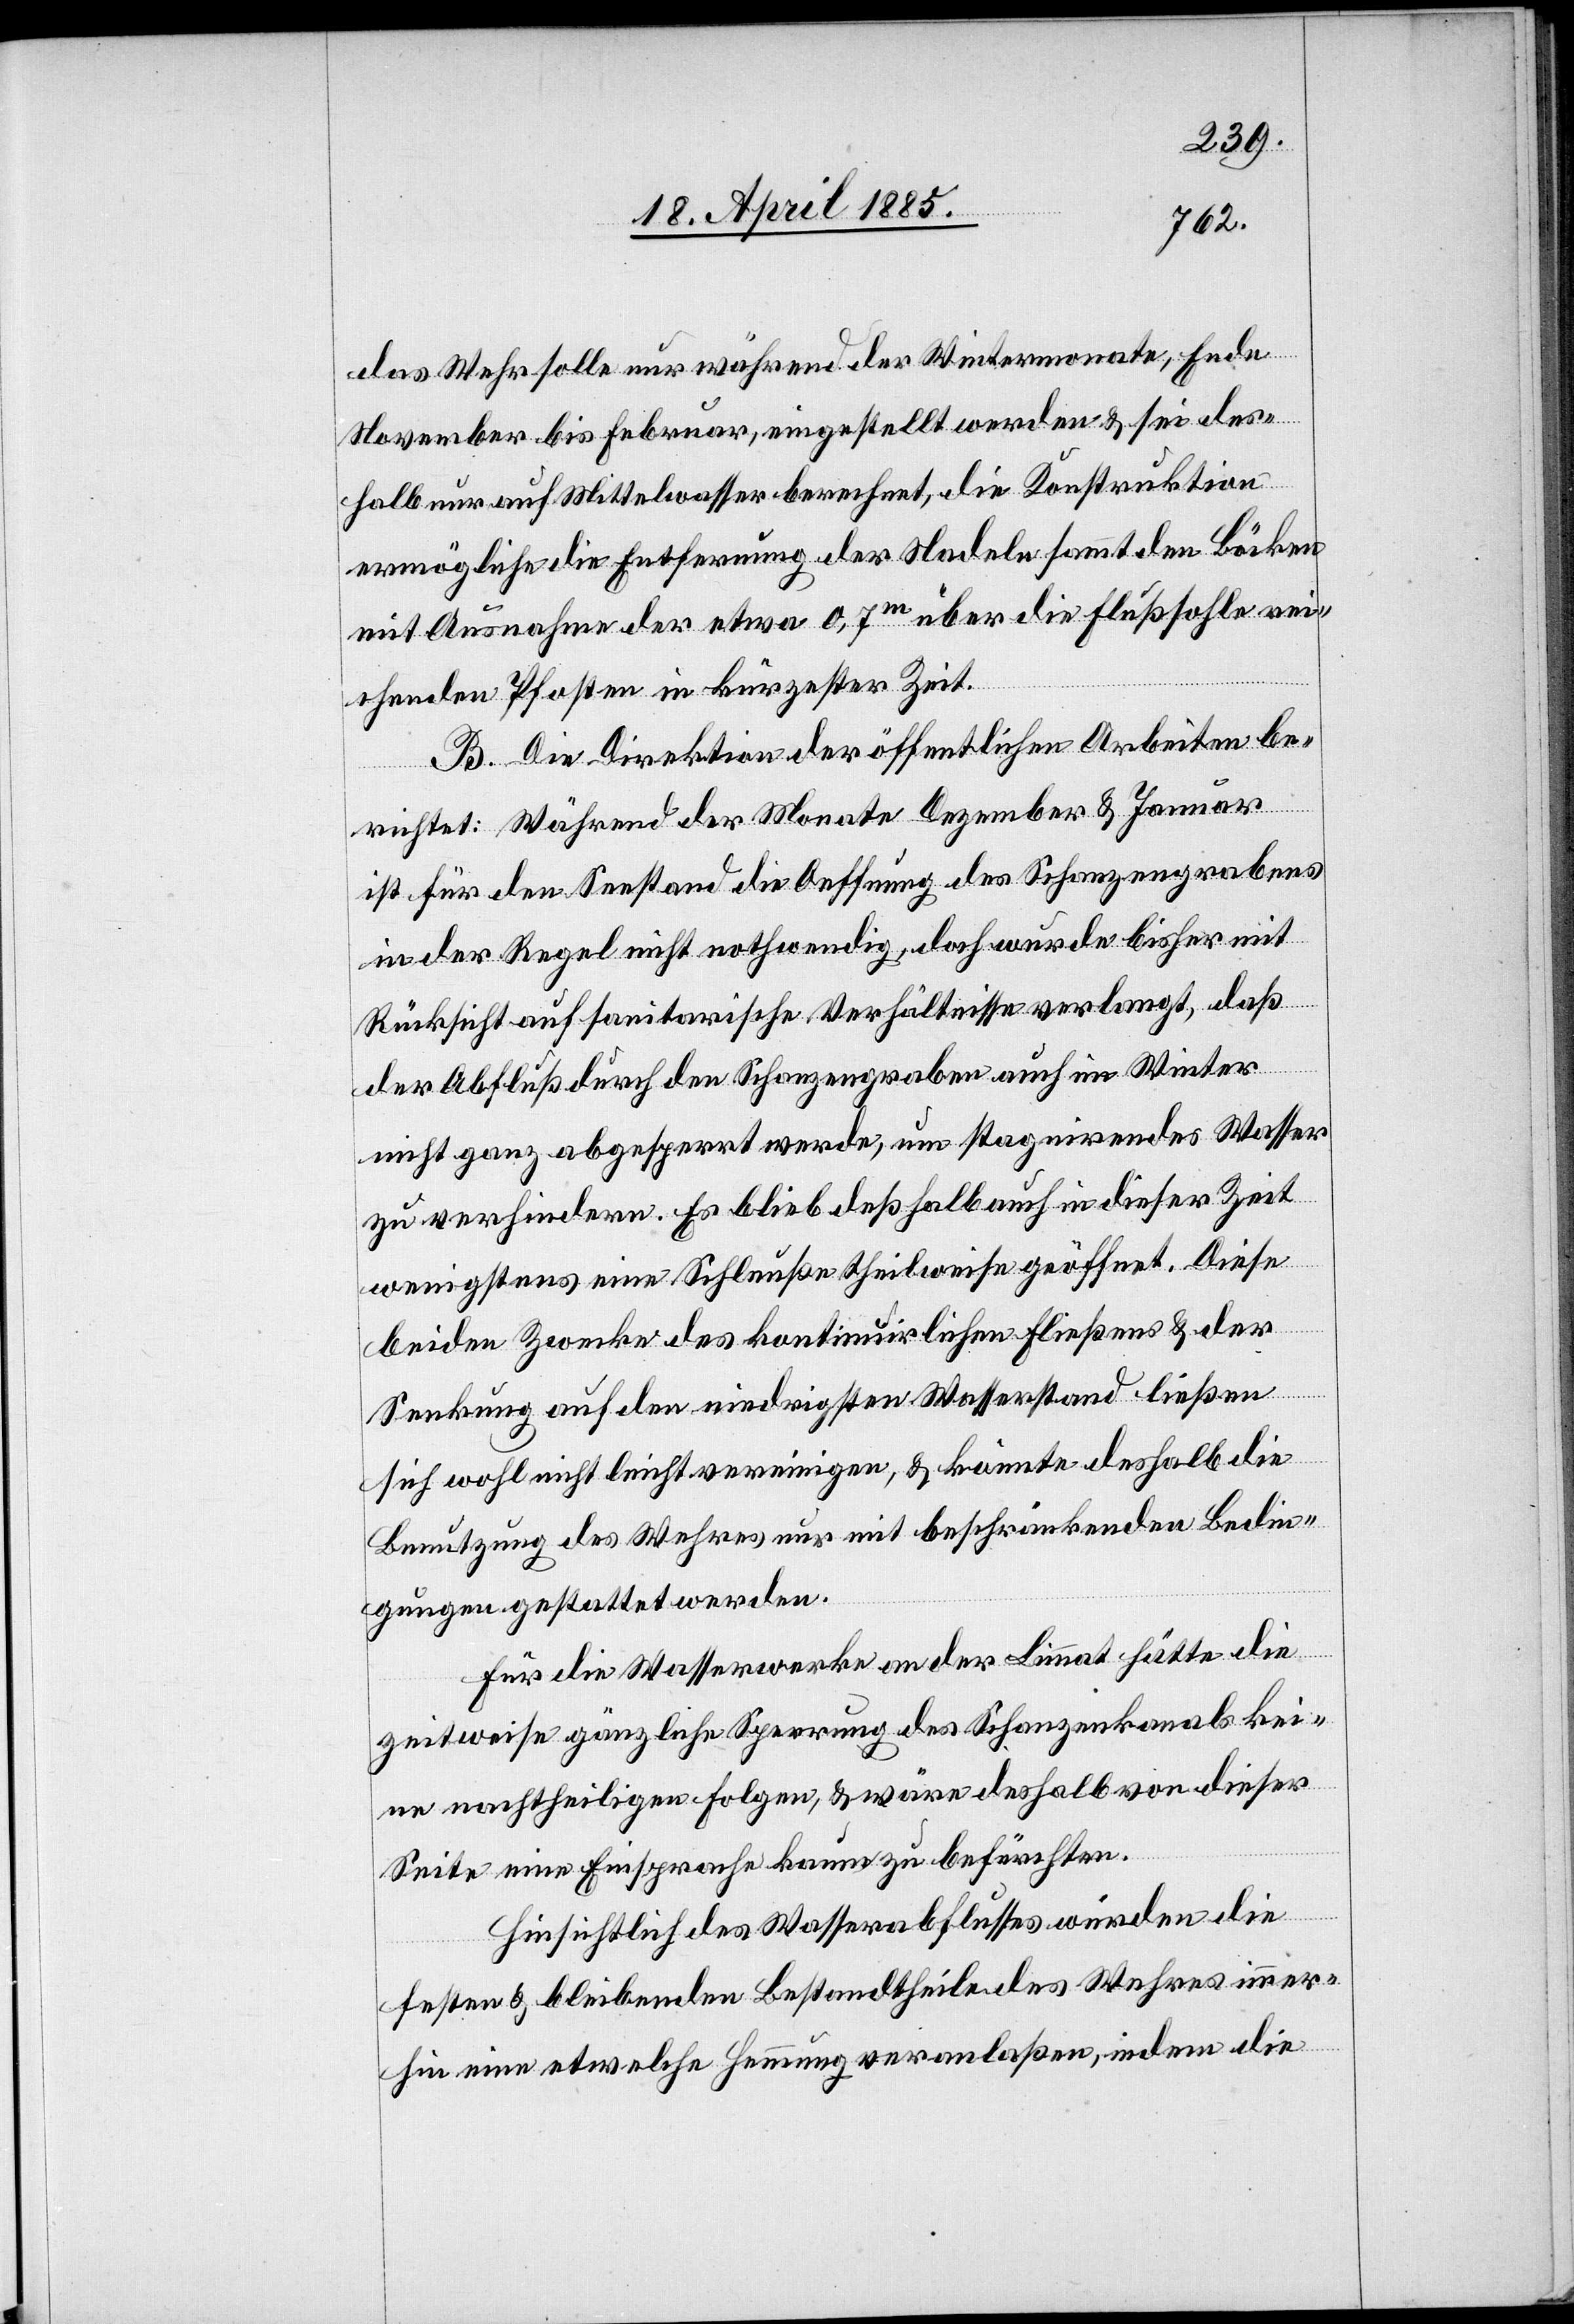
das Wehr solle nur während der Wintermonate, Ende
November bis Februar, eingestellt werden & sei des¬
halb nur auf Mittelwasser berechnet, die Konstruktion
ermögliche die Entfernung der Nadeln sammt den Böcken
mit Ausnahme der etwa 0,7 m über die Flußsohle rei¬
chende Pfosten in kürzester Zeit.
B. Die Direktion der öffentlichen Arbeiten be¬
richtet: Während der Monate Dezember & Januar
ist für den Seestand die Oeffnung des Schanzengrabens
in der Regel nicht nothwendig, doch wurde bisher mit
Rücksicht auf sanitarische Verhältnisse verlangt, daß
der Abfluß durch den Schanzengraben auch im Winter
nicht ganz abgesperrt werde, um stagnirendes Wasser
zu verhindern. Es blieb deßhalb auch in dieser Zeit
wenigstens eine Schleuße theilweise geöffnet. Diese
beiden Zwecke des kontinuirlichen Fließens & der
Senkung auf den niedrigsten Wasserstand ließen
sich wohl nicht leicht vereinigen, & könnte deshalb die
Benutzung des Wehres nur mit beschränkenden Bedin¬
gungen gestattet werden.
Für die Wasserwerke an der Limmat hätte die
zeitweise gänzliche Sperrung des Schanzenkanals kei¬
ne nachtheiligen Folgen, & wäre deshalb von dieser
Seite eine Einsprache kaum zu befürchten.
Hinsichtlich des Wasserabflusses würden die
festen & bleibenden Bestandtheile des Wehres immer¬
hin eine etwelche Hemmung veranlaßen, indem die